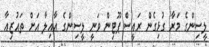
ލީސިންގެ މަރާ ގުޅިގެން ރައީސް ޕޫޓިން ވަނީ ލީސިންގެ އާއިލާ އަށް ތައުޒިއާ